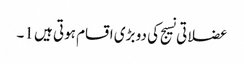
عضلاتی نسیج کی دو بڑی اقسام ہوتی ہیں 1۔